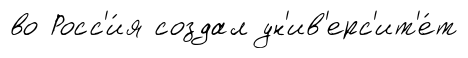
во Росс'и́я создал ун'ив'ерс'ит'е́т